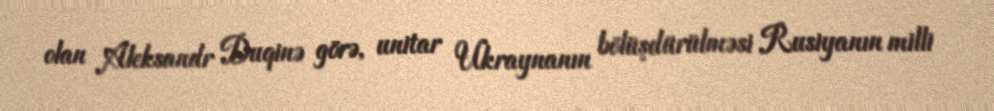
olan Aleksandr Duqinə görə, unitar Ukraynanın bölüşdürülməsi Rusiyanın milli